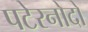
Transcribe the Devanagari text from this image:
पटेरनोदों